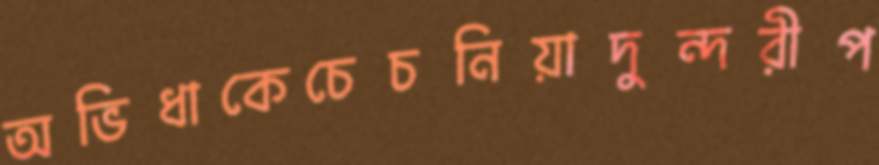
অভিধাকেচেচনিয়াদুন্দরীপ